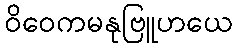
ဝိဝေကမနုဗြူဟယေ